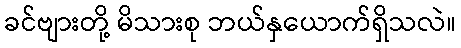
ခင်ဗျားတို့ မိသားစု ဘယ်နှယောက်ရှိသလဲ။